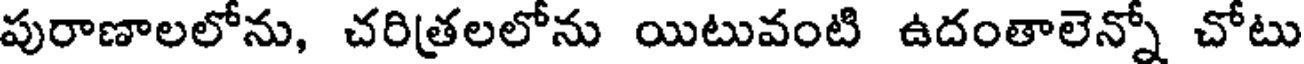
పురాణాలలోను, చరిత్రలలోను యిటువంటి ఉదంతాలెన్నో చోటు